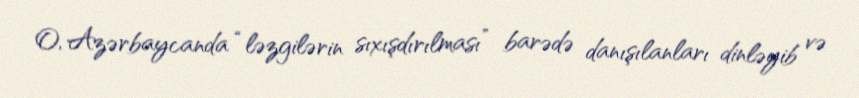
O, Azərbaycanda “ləzgilərin sıxışdırılması” barədə danışılanları dinləyib və